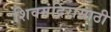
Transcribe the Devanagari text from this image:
शिवमंदिरासाठी